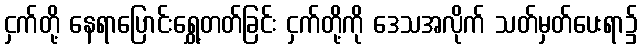
ငှက်တို့ နေရာပြောင်းရွှေ့တတ်ခြင်း ငှက်တို့ကို ဒေသအလိုက် သတ်မှတ်ပေးရာ၌